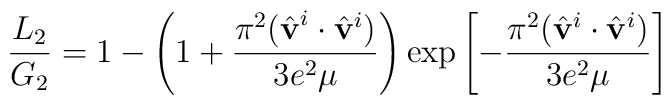
\frac{L_2}{G_2}=1-\left(  1+\frac{\pi^2(\hat{\bf v}^i\cdot\hat{\bf v}^i)}{3e^2\mu}\right)\exp\left[-\frac{\pi^2(\hat{\bf v}^i\cdot\hat{\bf v}^i)}{3e^2\mu}\right]